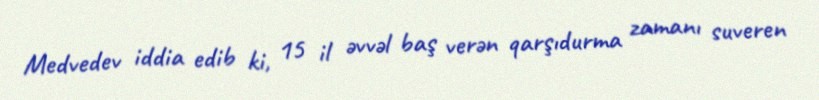
Medvedev iddia edib ki, 15 il əvvəl baş verən qarşıdurma zamanı suveren